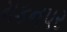
મકનપર